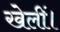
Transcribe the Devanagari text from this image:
खेलीं।